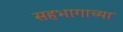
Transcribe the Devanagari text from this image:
सहभागाच्या